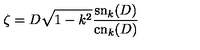
\zeta = D \sqrt { 1 - k ^ { 2 } } \frac { \mathrm { s n } _ { k } ( D ) } { \mathrm { c n } _ { k } ( D ) }